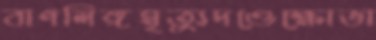
বাণলিঙ্গমৃত্যুদণ্ডেক্ষোভা